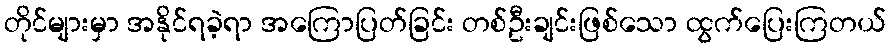
တိုင်များမှာ အနိုင်ရခဲ့ရာ အကြောပြတ်ခြင်း တစ်ဦးချင်းဖြစ်သော ထွက်ပြေးကြတယ်